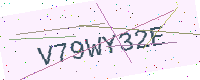
Text: V79WY32E